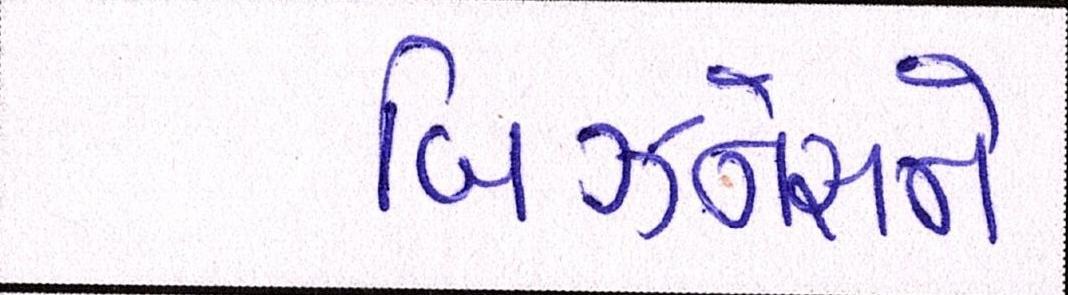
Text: બિઝનેસને